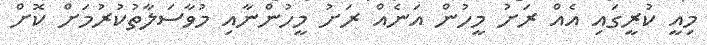
މިއީ ކުރީގައި އެއް ރަށު މީހުން އަނެއް ރަށު މީހުންނާއި މުވާސަލާތުކުރުމަށް ކޮށް